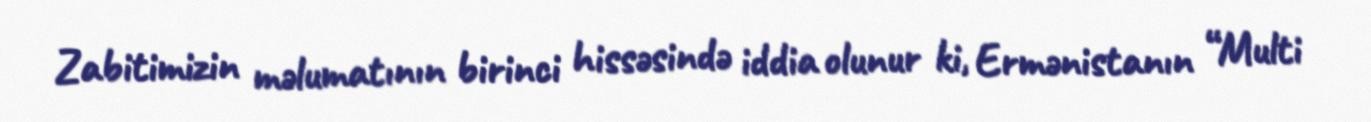
Zabitimizin məlumatının birinci hissəsində iddia olunur ki, Ermənistanın “Multi